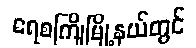
ရေစကြိုမြို့နယ်တွင်